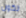
تكون